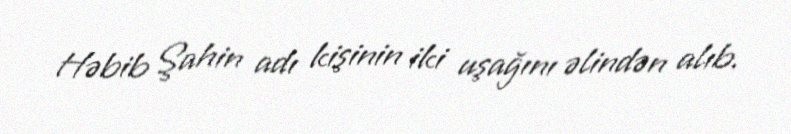
Həbib Şahin adı kişinin iki uşağını əlindən alıb.